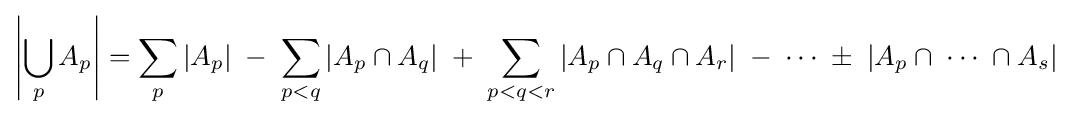
\left|\bigcup _{p}A_{p}\right|=\sum _{p}\left|A_{p}\right|\;-\;\sum _{p<q}\left|A_{p}\cap A_{q}\right|\;+\;\sum _{p<q<r}\left|A_{p}\cap A_{q}\cap A_{r}\right|\;-\;\cdots \;\pm \;\left|A_{p}\cap \;\cdots \;\cap A_{s}\right|